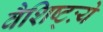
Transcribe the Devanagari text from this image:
वैशिष्ट्ःये